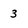
Character: 3